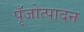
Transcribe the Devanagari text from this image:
पूँजोत्पादन